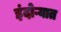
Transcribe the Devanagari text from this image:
इंदोऱ्यात